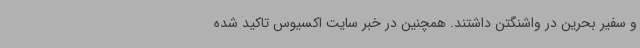
و سفیر بحرین در واشنگتن داشتند. همچنین در خبر سایت اکسیوس تاکید شده